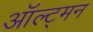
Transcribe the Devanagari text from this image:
ऑल्ट्मन